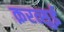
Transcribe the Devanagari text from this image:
क़रत्सुई